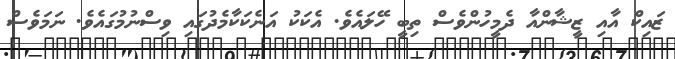
ޒައިކް އާއި ޒީޝާންއާ ދެމީހުންވެސް ތިބީ ހޭލައެވެ. އެކަކު އަނެކަކާމެދުގައި ވިސްނުމުގައެވެ. ނަމަވެސް